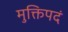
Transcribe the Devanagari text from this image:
मुक्तिपदं